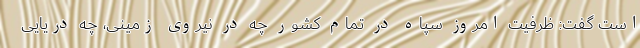
است گفت: ظرفیت امروز سپاه در تمام کشور چه در نیروی زمینی، چه دریایی